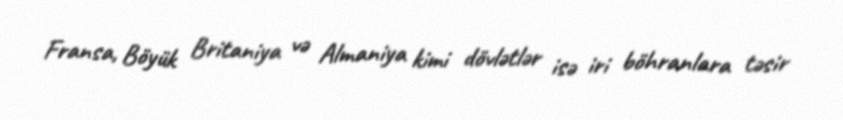
Fransa, Böyük Britaniya və Almaniya kimi dövlətlər isə iri böhranlara təsir